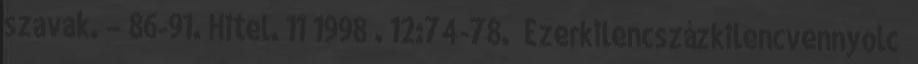
szavak. – 86-91. Hitel. 11 1998 . 12:74-78. Ezerkilencszázkilencvennyolc